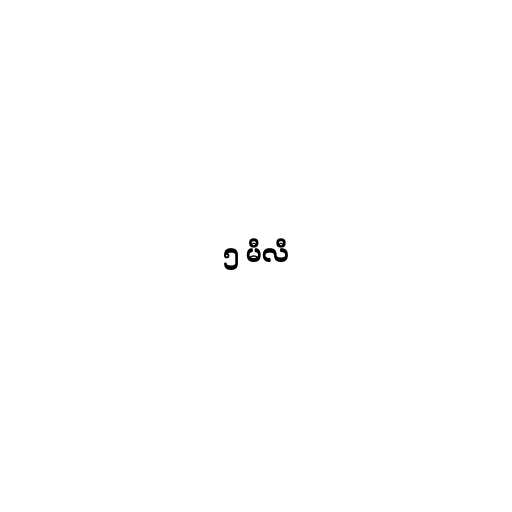
၅ မီလီ